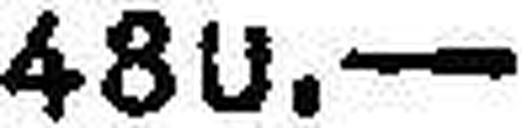
480.—